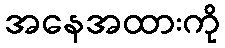
အနေအထားကို